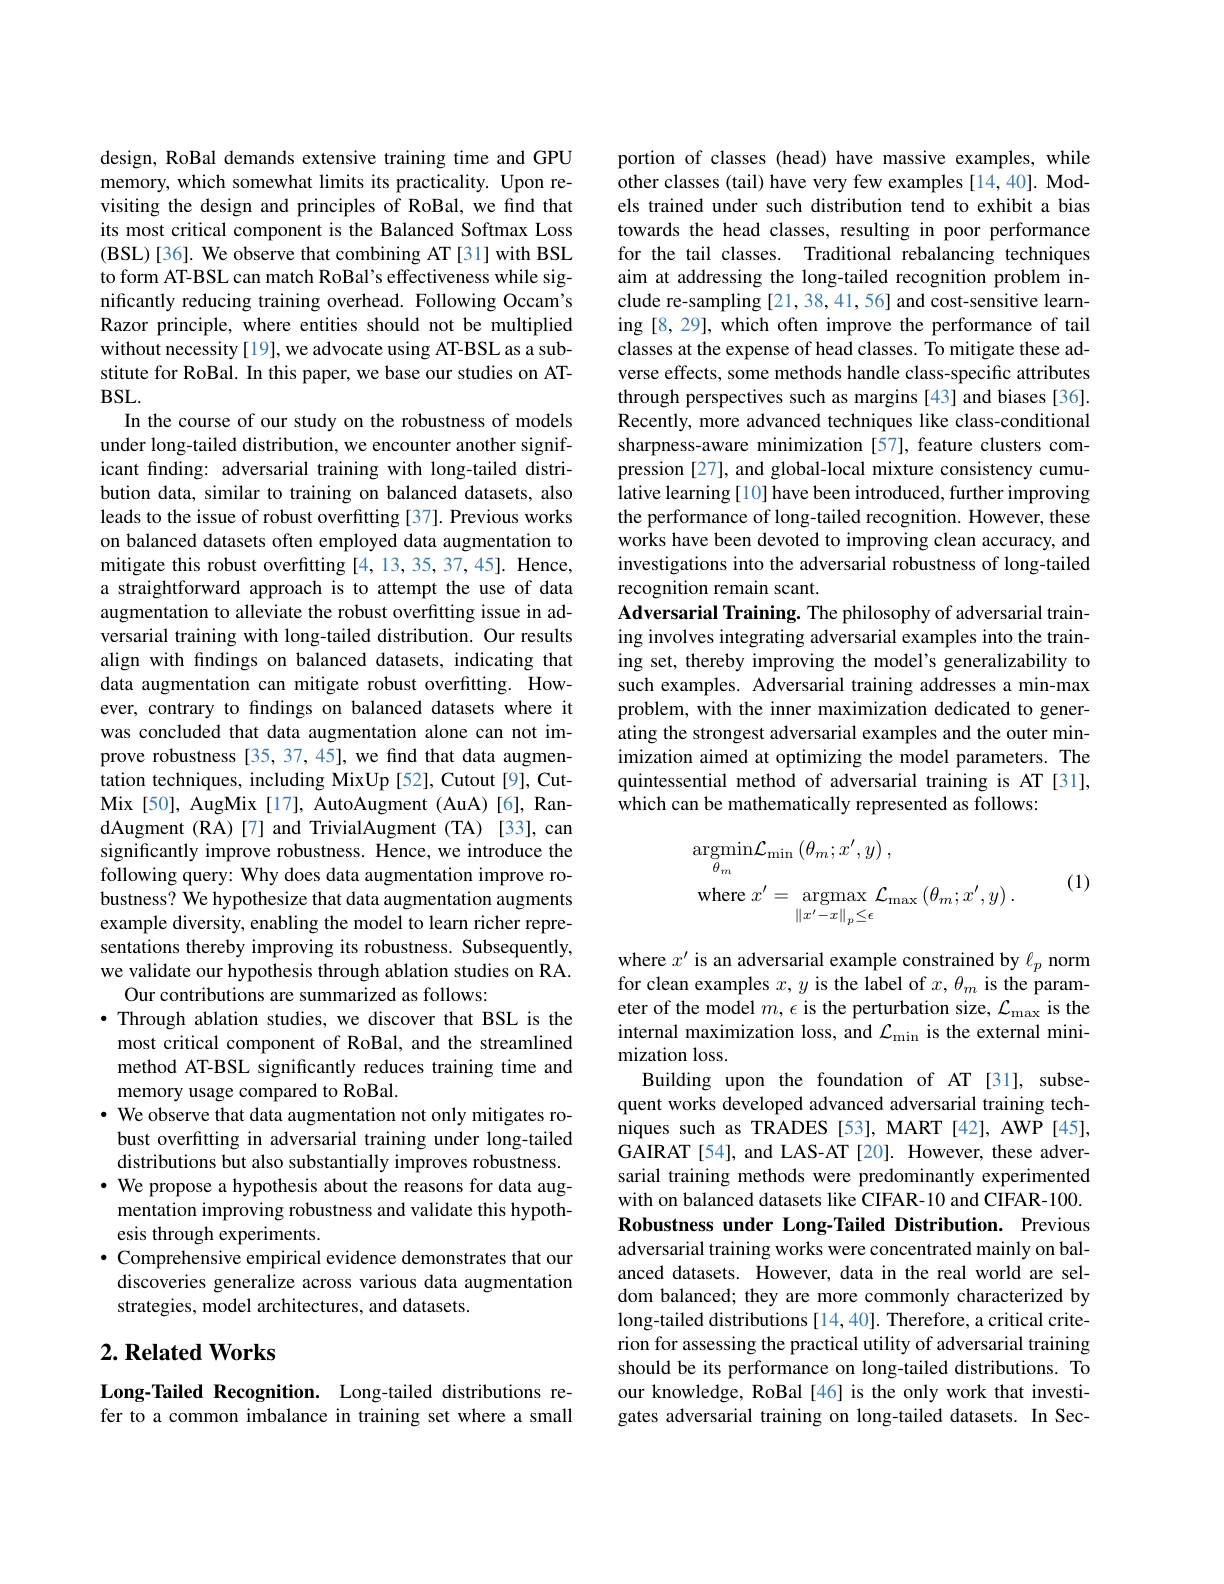
design, RoBal demands extensive training time and GPU memory, which somewhat limits its practicality. Upon revisiting the design and principles of RoBal, we find that its most critical component is the Balanced Softmax Loss ( BSL) [ 36] . We observe that combining AT [ 31] with BSL to form AT-BSL can match RoBal's effectiveness while significantly reducing training overhead. Following Occam's Razor principle, where entities should not be multiplied without necessity [19], we advocate using AT-BSL as a substitute for RoBal. In this paper, we base our studies on ATBSL.
In the course of our study on the robustness of models under long-tailed distribution, we encounter another significant finding: adversarial training with long-tailed distribution data, similar to training on balanced datasets, also leads to the issue of robust overfitting [37]. Previous works on balanced datasets often employed data augmentation to mitigate this robust overfitting [4,13,35,37,45]. Hence, a straightforward approach is to attempt the use of data augmentation to alleviate the robust overfitting issue in adversarial training with long-tailed distribution. Our results align with findings on balanced datasets, indicating that data augmentation can mitigate robust overfitting. However, contrary to findings on balanced datasets where it was concluded that data augmentation alone can not improve robustness [35, 37, 45], we find that data augmentation techniques, including MixUp [52], Cutout [9], CutMix [50], AugMix [17], AutoAugment (AuA) [6], RandAugment (RA)[7] and TrivialAugment (TA) [33], can significantly improve robustness. Hence, we introduce the following query: Why does data augmentation improve robustness? We hypothesize that data augmentation augments example diversity, enabling the model to learn richer representations thereby improving its robustness. Subsequently, we validate our hypothesis through ablation studies on RA.
Our contributions are summarized as follows:
$\bullet$ Through ablation studies, we discover that BSL is the most critical component of RoBal, and the streamlined method AT-BSL significantly reduces training time and memory usage compared to RoBal.
· We observe that data augmentation not only mitigates robust overfitting in adversarial training under long-tailed distributions but also substantially improves robustness. $\cdot$ We propose a hypothesis about the reasons for data aug-
mentation improving robustness and validate this hypoth-
esis through experiments.
$\bullet$ Comprehensive empirical evidence demonstrates that our discoveries generalize across various data augmentation strategies, model architectures, and datasets.

## $2. \textbf{Related Works}$

Long-Tailed Recognition. Long-tailed distributions refer to a common imbalance in training set where a small

portion of classes (head) have massive examples, while other classes (tail) have very few examples [14,40]. Models trained under such distribution tend to exhibit a bias towards the head classes, resulting in poor performance for the tail classes. Traditional rebalancing techniques aim at addressing the long-tailed recognition problem include re-sampling [21,38,41,56] and cost-sensitive learning [8,29], which often improve the performance of tail classes at the expense of head classes. To mitigate these adverse effects, some methods handle class-specific attributes through perspectives such as margins [43] and biases [36]. Recently, more advanced techniques like class-conditional sharpness-aware minimization [57], feature clusters compression [27], and global-local mixture consistency cumulative learning [10] have been introduced, further improving the performance of long-tailed recognition. However, these works have been devoted to improving clean accuracy, and investigations into the adversarial robustness of long-tailed recognition remain scant.
Adversarial Training. The philosophy of adversarial training involves integrating adversarial examples into the training set, thereby improving the model's generalizability to such examples. Adversarial training addresses a min-max problem, with the inner maximization dedicated to generating the strongest adversarial examples and the outer minimization aimed at optimizing the model parameters. The quintessential method of adversarial training is AT [31], which can be mathematically represented as follows:
$$\begin{aligned}&\underset{\theta_{m}}{\operatorname*{argmin}}\mathcal{L}_{\operatorname*{min}}\left(\theta_{m};x^{\prime},y\right),\\&\mathrm{where}\:x^{\prime}=\:\underset{\left\|x^{\prime}-x\right\|_{p}\leq\epsilon}{\operatorname*{argmax}}\:\mathcal{L}_{\operatorname*{max}}\left(\theta_{m};x^{\prime},y\right).\end{aligned}$$
(1)

where $x^{\prime}$ is an adversarial example constrained by $\ell_p$ norm for clean examples $x,y$ is the label of $x,\theta_m$ is the parameter of the model $m,\epsilon$ is the perturbation size, $\mathcal{L}_\mathrm{max}$ is the internal maximization loss, and $\mathcal{L}_\mathrm{min}$ is the external minimization loss.
Building upon the foundation of AT [31], subsequent works developed advanced adversarial training techniques such as TRADES [53], MART [42], AWP [45], GAIRAT[54], and LAS-AT[20]. However, these adversarial training methods were predominantly experimented with on balanced datasets like CIFAR-10 and CIFAR-100. Robustness under Long-Tailed Distribution. Previous adversarial training works were concentrated mainly on balanced datasets. However, data in the real world are seldom balanced; they are more commonly characterized by long-tailed distributions [14,40]. Therefore, a critical criterion for assessing the practical utility of adversarial training should be its performance on long-tailed distributions. To our knowledge, RoBal [46] is the only work that investigates adversarial training on long-tailed datasets. In Sec-